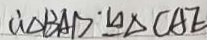
\therefore \Delta B A D \cong \Delta C A E